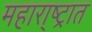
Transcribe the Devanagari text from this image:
महारा्ष्ट्रात